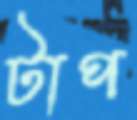
টাপ